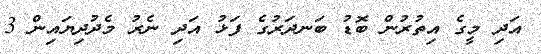
އަދި މީގެ އިތުރުން ބޮޑު ބަނދަރުގެ ފަޅު އަދި ނެރު މެދުދިޔައިން 3